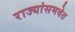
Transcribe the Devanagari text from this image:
राज्यांसमवेत